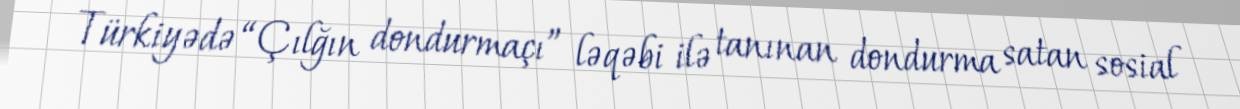
Türkiyədə “Çılğın dondurmaçı” ləqəbi ilə tanınan dondurma satan sosial